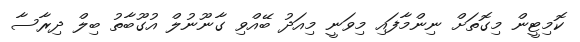
ކޮމިޓީން މިގޮތަށް ނިންމާފައި މިވަނީ މިއަދު ބޭއްވި ގާނޫނުލް އުގޫބާތު ބިލް ދިރާސާ